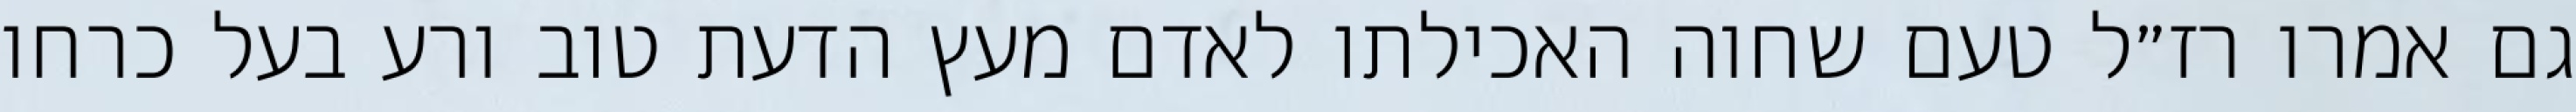
גם אמרו רז״ל טעם שחוה האכילתו לאדם מעץ הדעת טוב ורע בעל כרחו